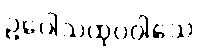
ဥပေါသထုပဝါသေ